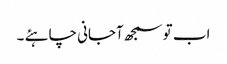
اب تو سمجھ آجانی چاہئے ۔